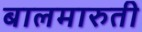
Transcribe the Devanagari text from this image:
बालमारुती